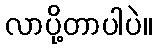
လာပို့တာပါပဲ။